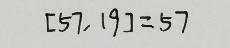
[ 5 7 , 1 9 ] = 5 7